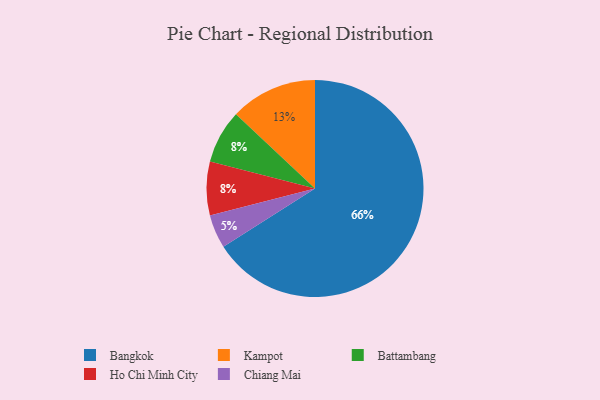
{"axis": {"x": "Category", "y": "Percentage"}, "legend": ["Bangkok", "Battambang", "Chiang Mai", "Ho Chi Minh City", "Kampot"], "data": [{"x": "Battambang", "y": 8, "type": "Battambang"}, {"x": "Chiang Mai", "y": 5, "type": "Chiang Mai"}, {"x": "Ho Chi Minh City", "y": 8, "type": "Ho Chi Minh City"}, {"x": "Bangkok", "y": 66, "type": "Bangkok"}, {"x": "Kampot", "y": 13, "type": "Kampot"}]}